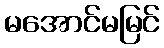
မအောင်မမြင်